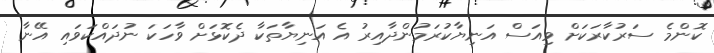
ކޮންމެ ސަރުކާރަކަށް ވިއަސް އަނިޔާކުރަމުންދާއިރު އެ އަނިޔާތަކާ ދެކޮޅަށް ވާހަކަ ނުދައްކަވައި އޭނާ